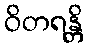
ဝိတရန္တိ